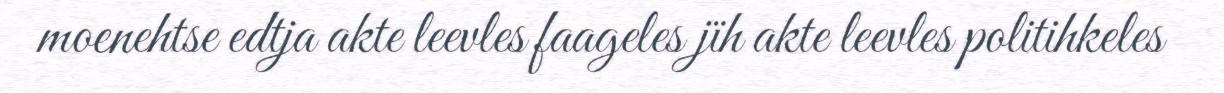
moenehtse edtja akte leevles faageles jïh akte leevles politihkeles